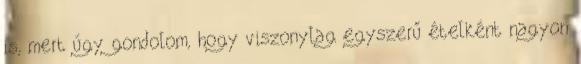
is, mert úgy gondolom, hogy viszonylag egyszerű ételként nagyon